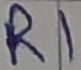
Text: R1